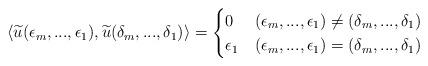
LaTeX: \begin{align*} \langle \widetilde{u}(\epsilon_m,...,\epsilon_1), \widetilde{u}(\delta_m,...,\delta_1) \rangle = \begin{cases} 0 & (\epsilon_m,...,\epsilon_1) \neq (\delta_m,...,\delta_1) \\\epsilon_1 & (\epsilon_m,...,\epsilon_1) = (\delta_m,...,\delta_1) \end{cases}\end{align*}